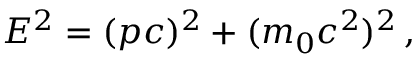
E ^ { 2 } = ( p c ) ^ { 2 } + ( m _ { 0 } c ^ { 2 } ) ^ { 2 } \, ,